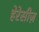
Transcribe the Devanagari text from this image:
हेरेसीज़